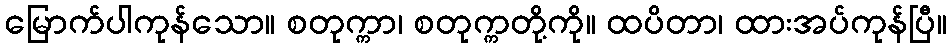
မြောက်ပါကုန်သော။ စတုက္ကာ၊ စတုက္ကတို့ကို။ ထပိတာ၊ ထားအပ်ကုန်ပြီ။